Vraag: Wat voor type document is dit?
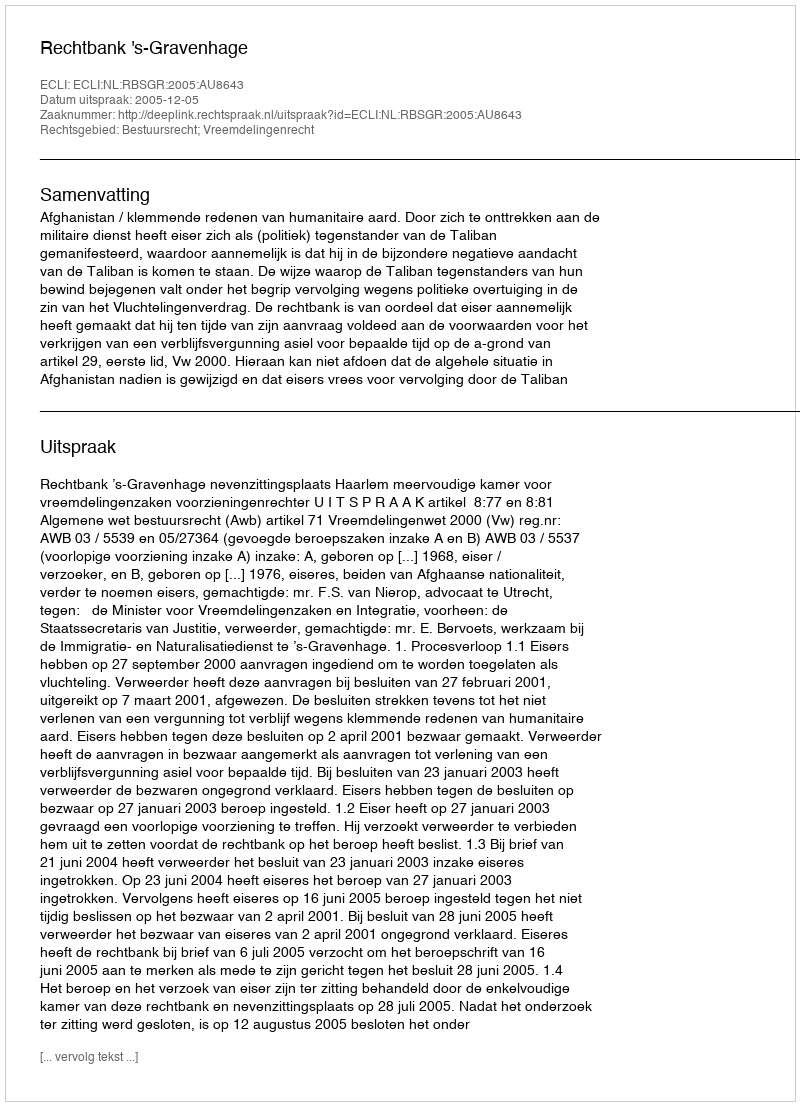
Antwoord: Uitspraak